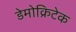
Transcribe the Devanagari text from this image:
डेमोक्रिटेक